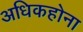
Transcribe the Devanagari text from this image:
अधिकहोना